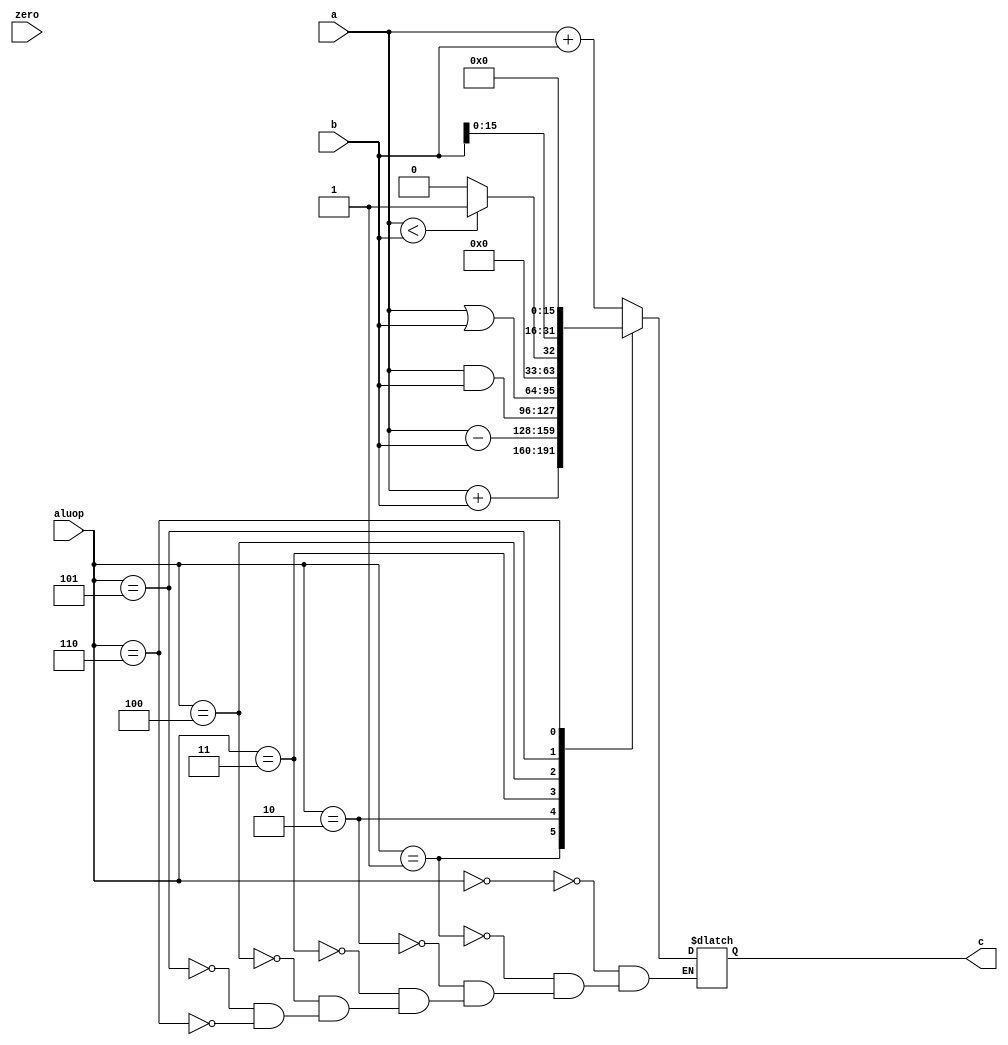
`define add_op 	5'b00000
`define addu_op 5'b00001
`define subu_op 5'b00010
`define and_op 	5'b00011
`define or_op 	5'b00100
`define slt_op 	5'b00101
`define lui_op  5'b00110


module alu(c, a, b, aluop, zero);

output reg [31:0] c;

input [31:0] a;
input [31:0] b;
input [4:0] aluop;
input zero;

assign zero = (c == 0) ? 1 : 0;

always @(*) begin
    case(aluop)
        `add_op:	c = $signed(a) + $signed(b);
		`addu_op:	c = a + b;
		`subu_op:	c = a - b;
		`and_op:	c = a & b;
		`or_op:		c = a | b;
		`slt_op:	c = ($signed(a) < $signed(b)) ? 1 : 0;
		`lui_op:	c = b << 16;
    endcase 
end

endmodule